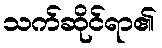
သက်ဆိုင်ရာ၏